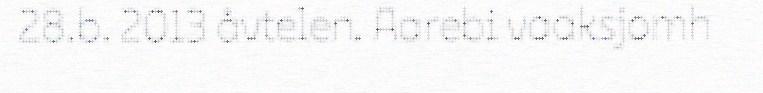
28.b. 2013 åvtelen. Aarebi vaaksjomh